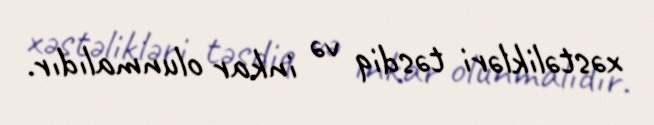
xəstəlikləri təsdiq və inkar olunmalıdır.